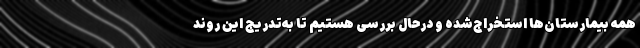
همه بیمارستان‌ها استخراج‌شده و درحال بررسی هستیم تا به‌تدریج این روند